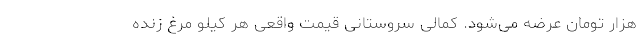
هزار تومان عرضه می‌شود. کمالی سروستانی قیمت واقعی هر کیلو مرغ زنده